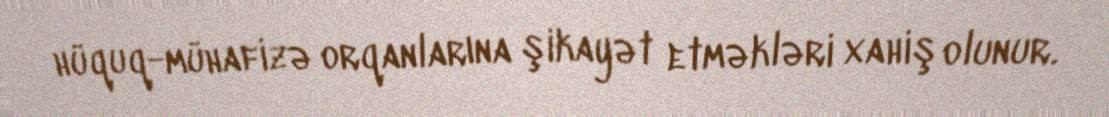
hüquq-mühafizə orqanlarına şikayət etməkləri xahiş olunur.